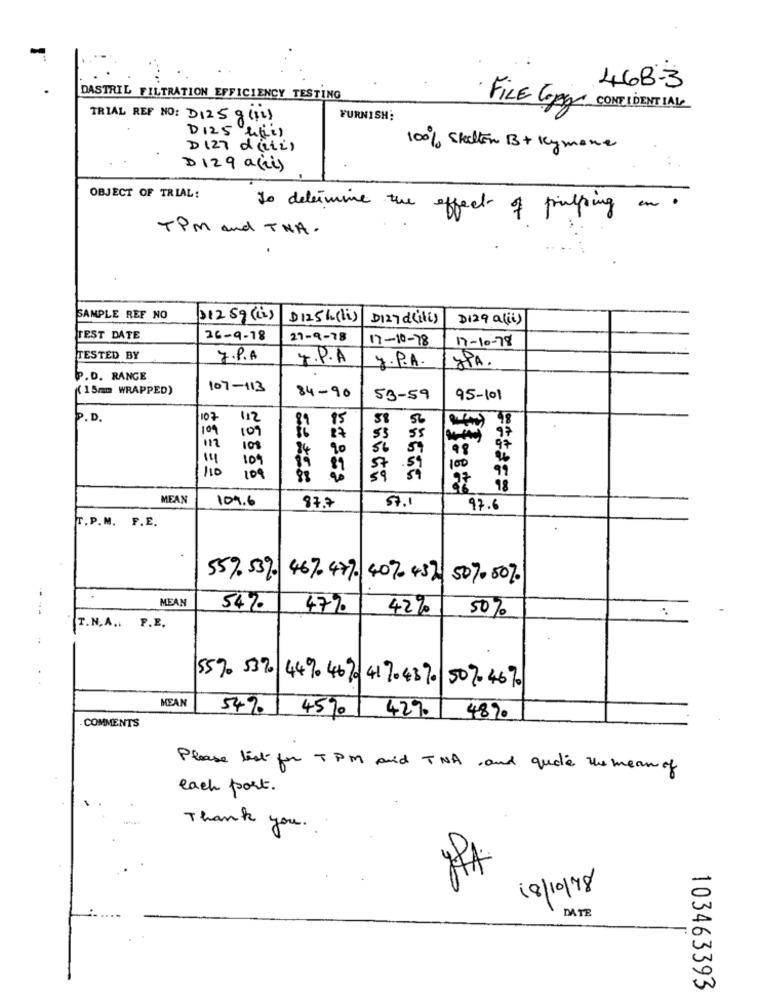
468-3
DASTRIL FILTRATION EFFICIENCY TESTING
FILE Copy CONFIDENTIAL
TRIAL REF NO: D125 g (ii)
FURNISH:
D125 litres
D127 d(iii)
100% Steelton B+ Kymone
D129 auris
OBJECT OF TRIAL:
To determine the effect of frialping an.
TPM and TNA.
SAMPLE REF NO
31259 (i)
D125h (li)
D127 d(ili)
DI29 a(ii)
TEST DATE
26-9-18
21-9-78
17-10-78
17-10-78
TESTED BY
J.P.A.
J.P.A
J.P.A.
JPA.
P.D. RANGE
( 1 5mm WRAPPED)
107-113
84-90
53-59
95-101
P.D.
/107
112
81 15
58
48
109
109
55
97
27
53
97
108
20
109
110
109
88
MEAN
109.6
87.7
57.1
97.6
T.P.M. F.E.
557.532. 467.477 40%452 507050%.
MEAN
54%.
47%
42%
50%
T.N.A .. P.E.
557532 4494670 41704370 50%4670
MEAN
54% 45% 42%.
4890
COMMENTS
Please list for TPM and TNA , and quide the mean of
each post.
Thank you.
18/10/98
DATE
103463393